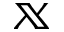
\mathbb { X }